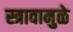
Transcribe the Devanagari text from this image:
स्त्रावामुळे